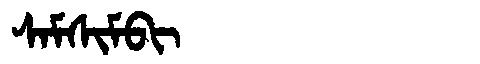
Manchu: ᠰᠠᠮᠰᡳᠮᠪᡳ
Romanization: SAMSIMBI